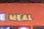
meal